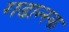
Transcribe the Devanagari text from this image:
गडान्स्क